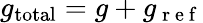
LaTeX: g_{\mathrm{total}}=g+g_{\mathrm{~r~e~f~}}